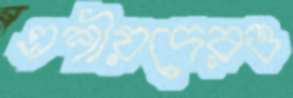
এশীয়দেরও